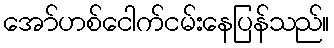
အော်ဟစ်ငေါက်ငမ်းနေပြန်သည်။